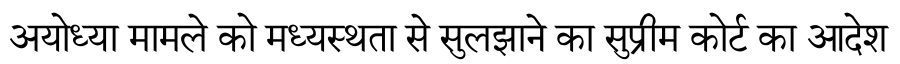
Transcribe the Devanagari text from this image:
अयोध्या मामले को मध्यस्थता से सुलझाने का सुप्रीम कोर्ट का आदेश